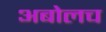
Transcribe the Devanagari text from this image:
अबोलच